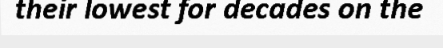
their lowest for decades on the